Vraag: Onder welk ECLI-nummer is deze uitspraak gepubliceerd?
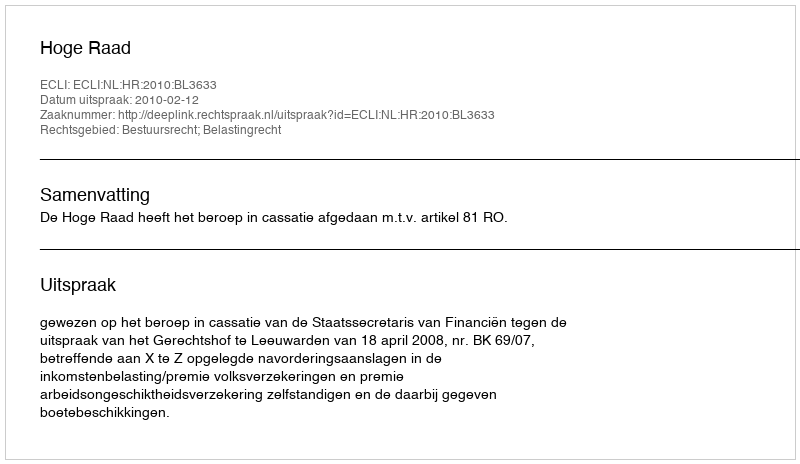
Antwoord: ECLI:NL:HR:2010:BL3633